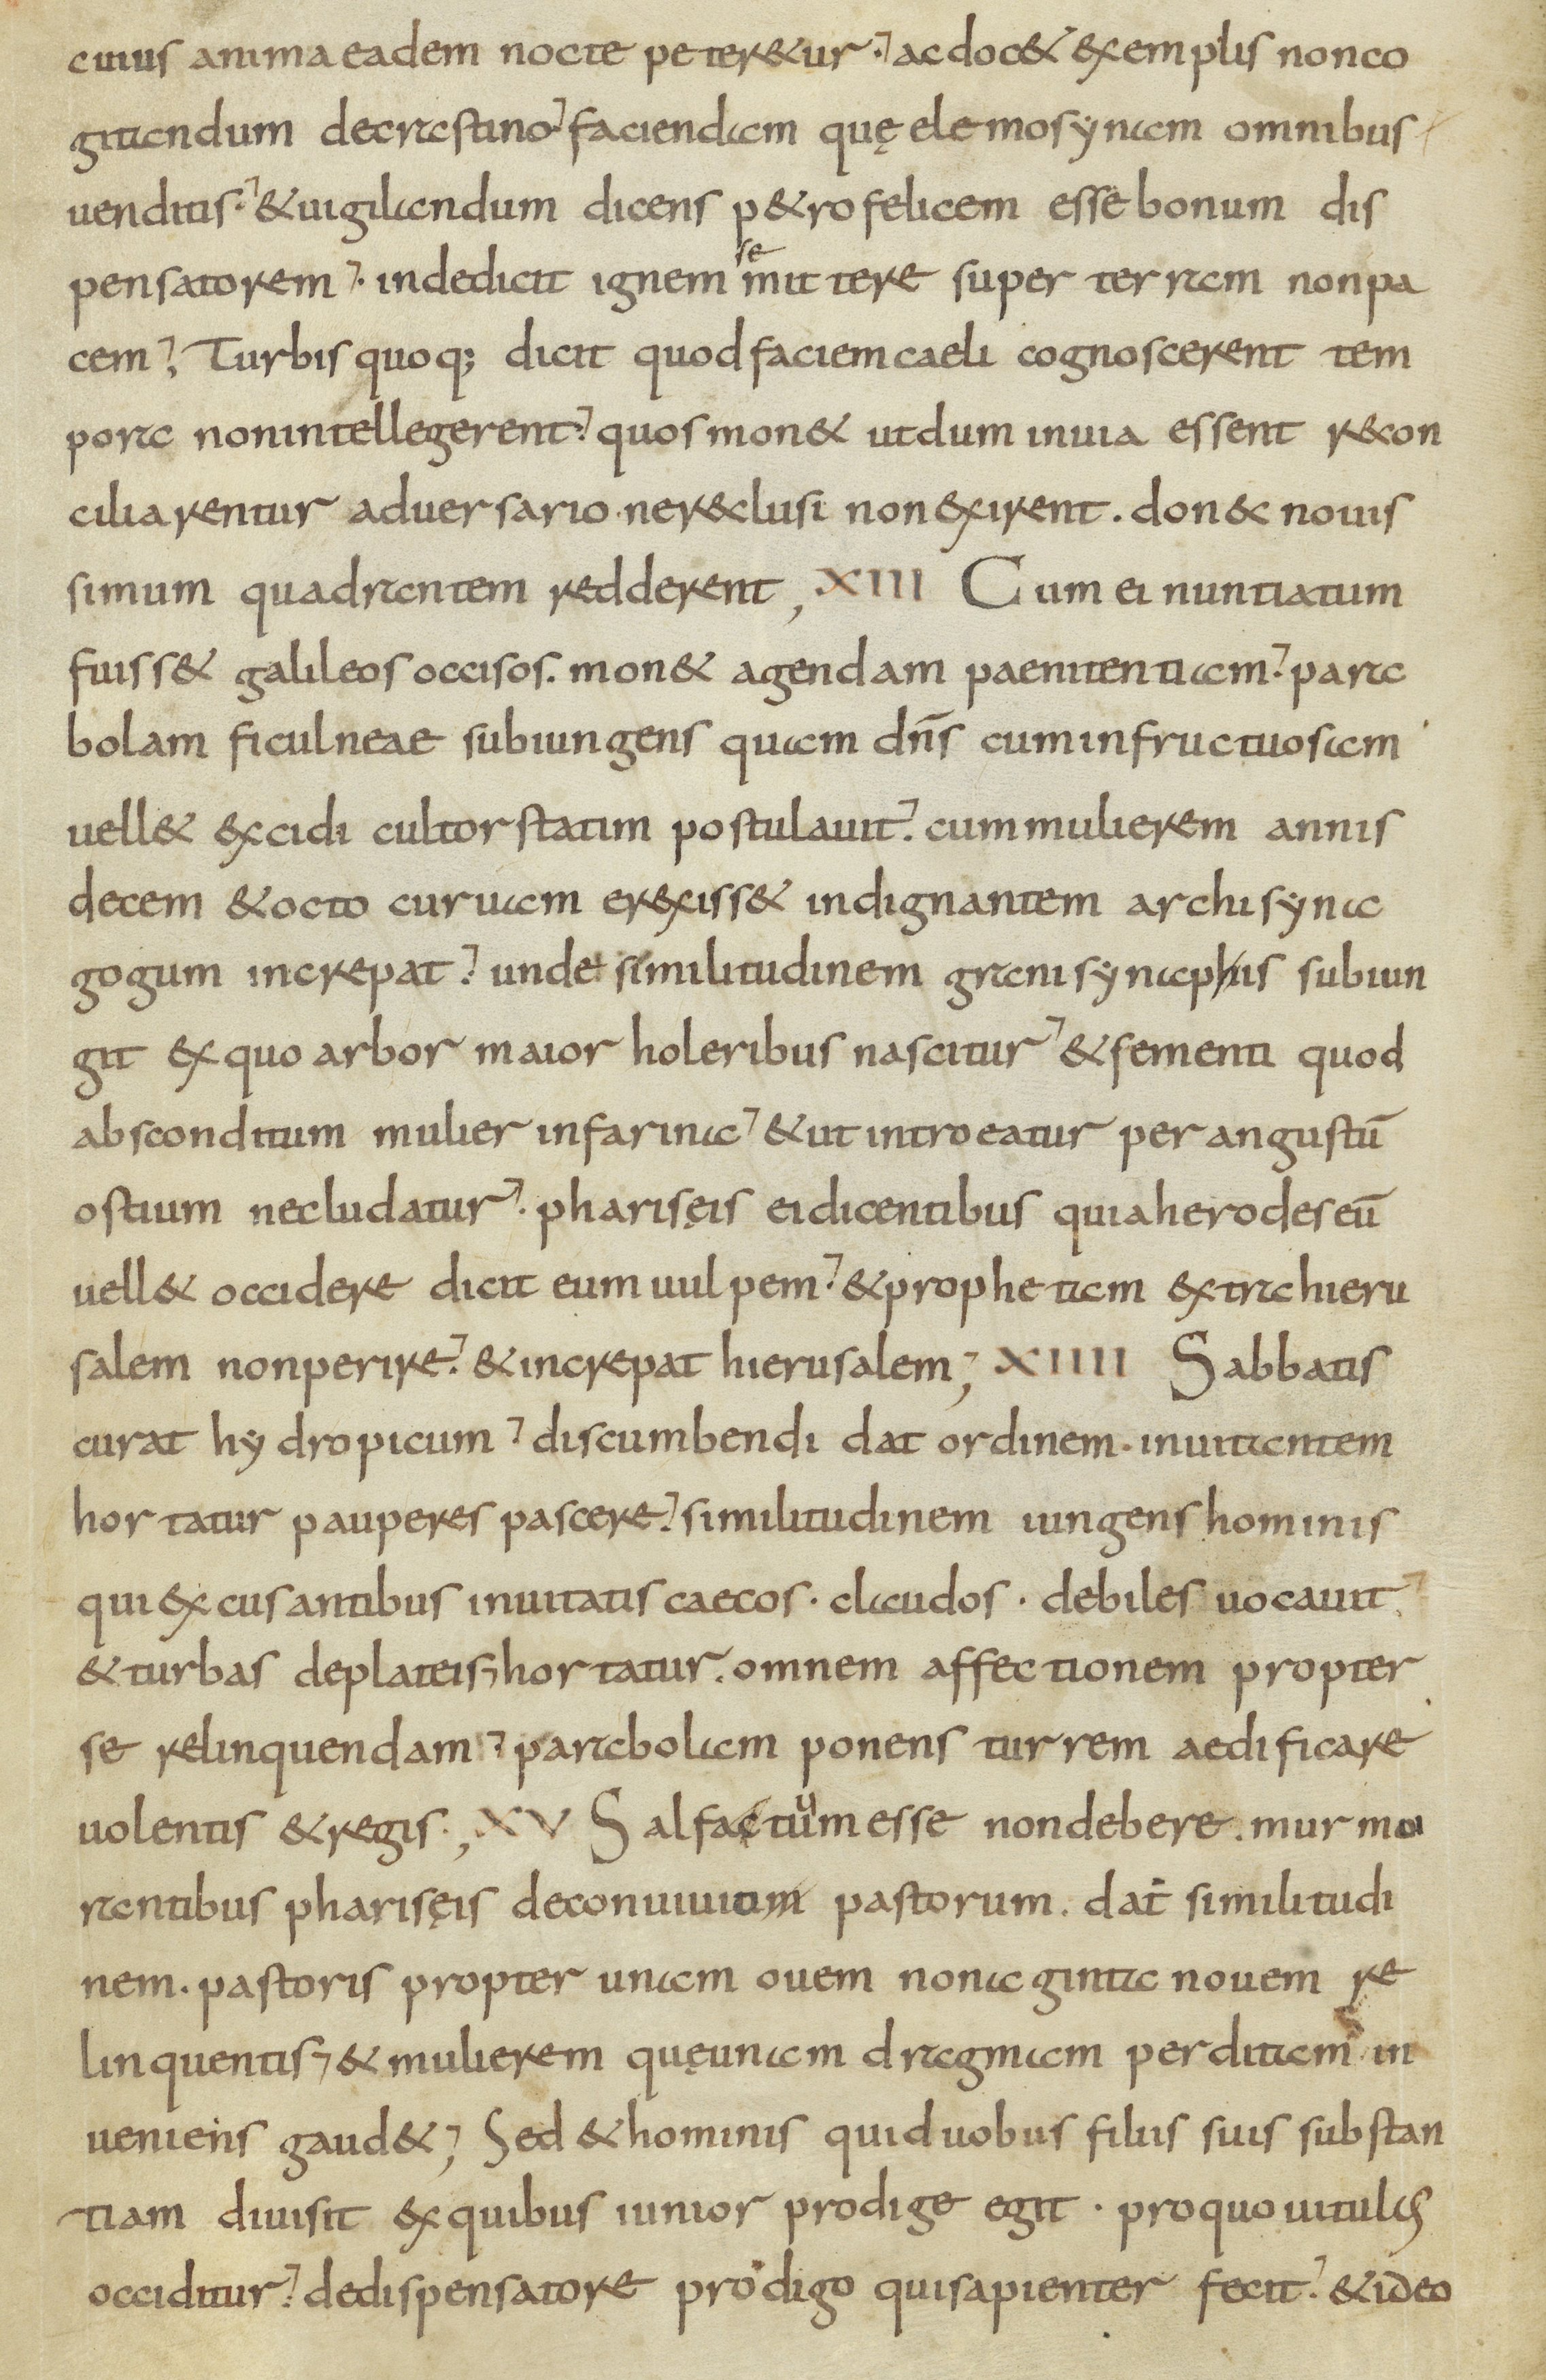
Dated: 800–899